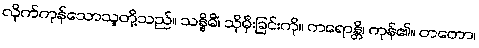
လိုက်ကုန်သောသူတို့သည်။ သန္နိဓိံ၊ သိုမှီးခြင်းကို။ ကရောန္တိ၊ ကုန်၏။ တတော၊